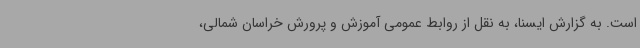
است. به گزارش ایسنا، به نقل از روابط عمومی آموزش و پرورش خراسان شمالی،